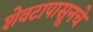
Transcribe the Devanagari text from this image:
शेवटापासूनचे